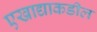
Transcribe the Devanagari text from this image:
एखाद्याकडील